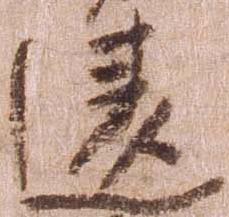
違